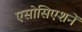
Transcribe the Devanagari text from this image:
एसोसिएशनें